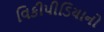
વિકીપીડિયાનો